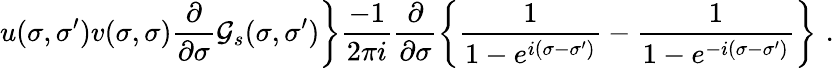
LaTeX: \left.u(\sigma,\sigma^{\prime})v(\sigma,\sigma)\frac{\partial}{\partial\sigma}{\cal G}_{s}(\sigma,\sigma^{\prime})\right\} \frac{-1}{2\pi i}\frac{\partial}{\partial\sigma}\left\{ \frac 1{1-e^{i(\sigma-\sigma^{\prime})}}-\frac 1{1-e^{-i(\sigma-\sigma^{\prime})}}\right\} \, \, .